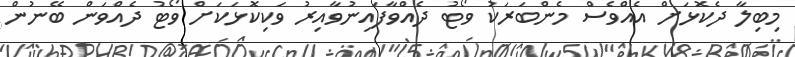
މިބިލާ ދެކޮޅަށް އެއްވެސް މެންބަރަކު ވޯޓު ދެއްވާފައިނުވާއިރު ވަކިކޮޅަކަށް ވޯޓު ދެއްވަން ބޭނުން